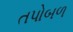
તપોબળ